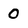
Character: 0